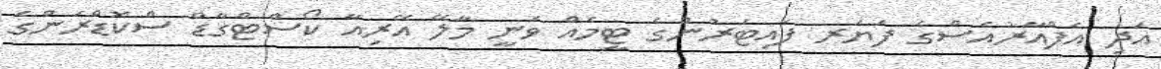
އަދި އެފްއާރުއެސްގެ ފަޔަރ ފައިޓަރުންގެ ޓީމެއް ވަނީ މާލޭ އޭރިއާ ކޯސްޓްގާޑް ސްކޮޑްރަންގެ